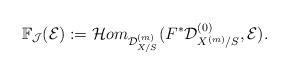
LaTeX: \begin{align*}{\mathbb F}_{\cal J}({\cal E}):={\cal H}om_{{\cal D}^{(m)}_{X/S}}(F^{*}{\cal D}_{X^{(m)}/S}^{(0)}, {\cal E}).\end{align*}